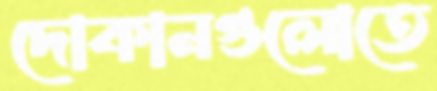
দোকানগুলোতে